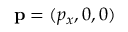
{ \bf p } = ( p _ { x } , 0 , 0 )